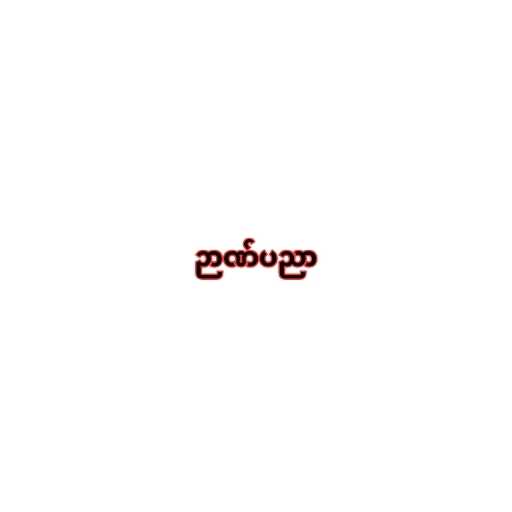
ဉာဏ်ပညာ